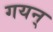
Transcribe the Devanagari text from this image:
गयन्